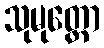
သုမုတ္တော